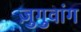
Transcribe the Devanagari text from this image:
ज़ुगुवांग